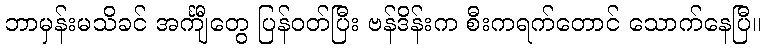
ဘာမှန်းမသိခင် အင်္ကျီတွေ ပြန်ဝတ်ပြီး ဗန်ဒိန်းက စီးကရက်တောင် သောက်နေပြီ။